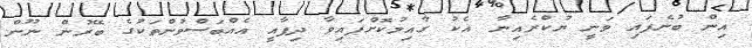
އިން ބުނެފައި ވަނީ ޔުކްރެއިނާ އެކު ގާއިމުކޮށްފައިވާ ދިފާއީ އެއްބަސްވުންތަކުގެ ބޭރުން ނޫން